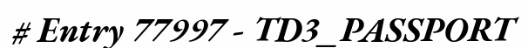
# Entry 77997 - TD3_PASSPORT